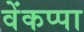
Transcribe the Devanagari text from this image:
वेंकप्पा